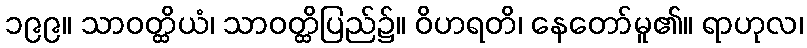
၁၉၉။ သာဝတ္ထိယံ၊ သာဝတ္ထိပြည်၌။ ဝိဟရတိ၊ နေတော်မူ၏။ ရာဟုလ၊